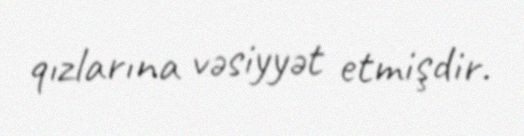
qızlarına vəsiyyət etmişdir.